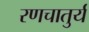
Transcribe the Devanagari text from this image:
रणचातुर्य